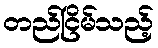
တည်ငြိမ်သည့်